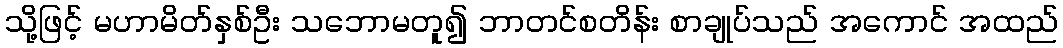
သို့ဖြင့် မဟာမိတ်နှစ်ဦး သဘောမတူ၍ ဘာတင်စတိန်း စာချုပ်သည် အကောင် အထည်